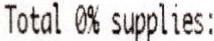
TOTAL 0% SUPPLIES: